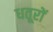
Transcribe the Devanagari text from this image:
धतूरों